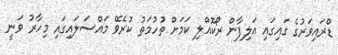
ޑްރައިވަރުގެ ގައިގައި އަލިފާން ރޯކޮއްލި ކަމަށް ތުހުމަތު ކުރެވޭ މައްސަލައިގައި މިހާރު ވަނީ